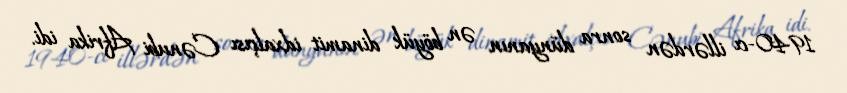
1940-cı illərdən sonra dünyanın ən böyük dinamit idxalçısı Cənubi Afrika idi.